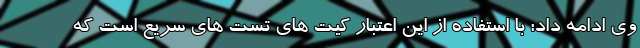
وی ادامه داد: با استفاده از این اعتبار کیت های تست های سریع است که